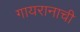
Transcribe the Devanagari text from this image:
गायरानाची